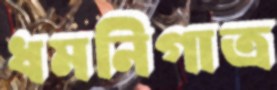
ধমনিগাত্র